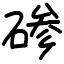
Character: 碜